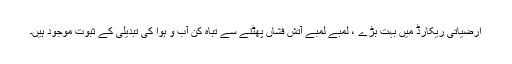
ارضیاتی ریکارڈ میں بہت بڑے ، لمبے لمبے آتش فشاں پھٹنے سے تباہ کن آب و ہوا کی تبدیلی کے ثبوت موجود ہیں۔